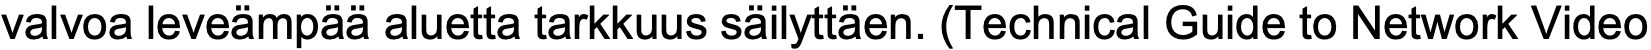
valvoa leveämpää aluetta tarkkuus säilyttäen. (Technical Guide to Network Video